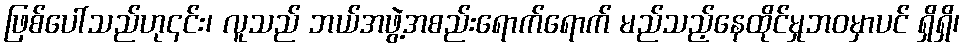
ဖြစ်ပေါ်သည်ဟု၎င်း၊ လူသည် ဘယ်အဖွဲ့အစည်းရောက်ရောက် မည်သည့်နေထိုင်မှုဘဝမှာပင် ရှိရှိ၊